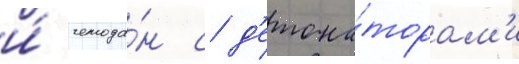
и́ чемода́н с д'етона́торам'и